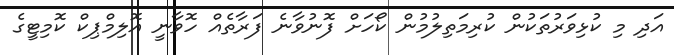
އަދި މި ކުޅިވަރުތަކުން ކުރިމަތިލުމުން ކޯހަށް ފޮނުވާނެ ފަރާތެއް ހޮވާނީ އޮލިމްޕިކް ކޮމިޓީގެ